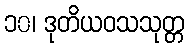
၁၀၊ ဒုတိယဝသသုတ္တ